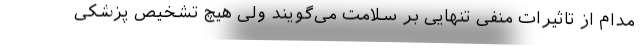
مدام از تاثیرات منفی تنهایی بر سلامت می‌گویند ولی هیچ تشخیص پزشکی